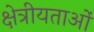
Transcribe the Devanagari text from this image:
क्षेत्रीयताओं